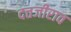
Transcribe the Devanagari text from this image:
दत्तजीराव